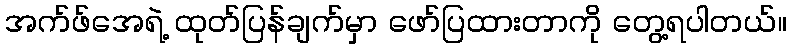
အက်ဖ်အေရဲ့ ထုတ်ပြန်ချက်မှာ ဖော်ပြထားတာကို တွေ့ရပါတယ်။